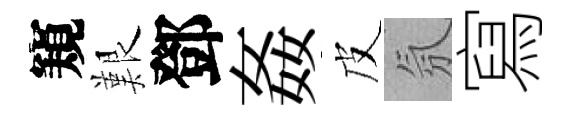
窺艱鄧姦皮氛寫